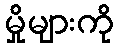
မှိုများကို